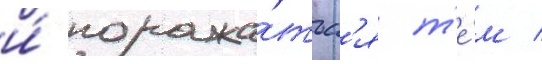
и́ поража́тьс'я т'е́м /